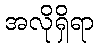
အလိုရှိရာ